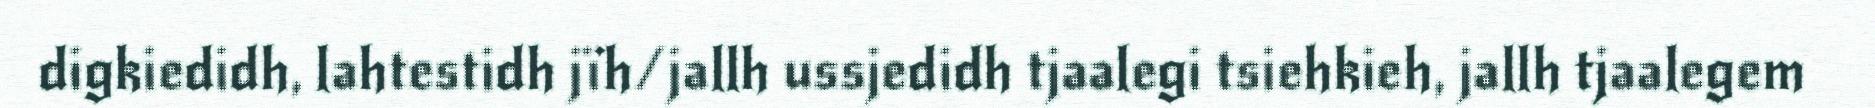
digkiedidh, lahtestidh jïh/jallh ussjedidh tjaalegi tsiehkieh, jallh tjaalegem